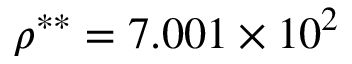
\rho ^ { * * } = 7 . 0 0 1 \times 1 0 ^ { 2 }